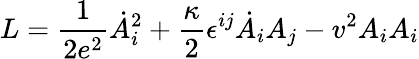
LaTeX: L={\frac{1}{2e^{2}}}\dot{A}_{i}^{2}+{\frac{\kappa}{2}}\epsilon^{ij}\dot{A}_{i}A_{j}-v^{2}A_{i}A_{i}